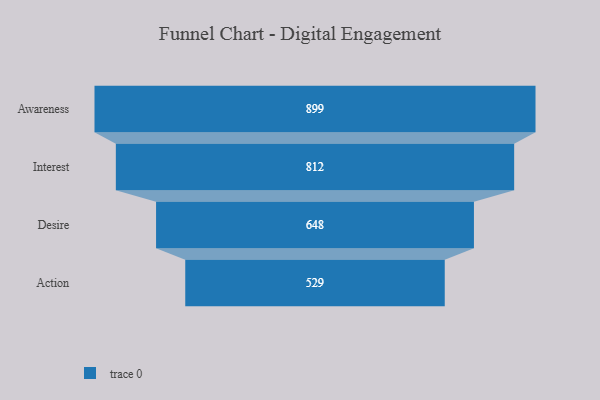
{"axis": {"x": "Stage", "y": "Value"}, "legend": [""], "data": [{"x": "Awareness", "y": 899.0, "type": ""}, {"x": "Interest", "y": 812.0, "type": ""}, {"x": "Desire", "y": 648.0, "type": ""}, {"x": "Action", "y": 529.0, "type": ""}]}